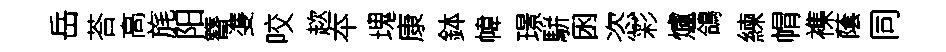
岳荅高旄阳簪㕠咬趑夲瑰康鉢幃璟駢囦恣彩爐鴿練㡌襍䕃同